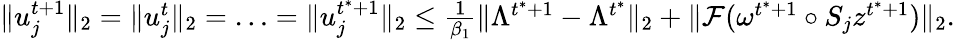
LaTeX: \begin{array}{r}{\| u_{j}^{t+1}\| _{2}=\| u_{j}^{t}\| _{2}=\ldots=\| u_{j}^{t^{*}+1}\| _{2}\leq\frac{1}{\beta_{1}}\| \Lambda^{t^{*}+1}-\Lambda^{t^{*}}\| _{2}+\| \mathcal{F}(\omega^{t^{*}+1}\circ S_{j}z^{t^{*}+1})\| _{2}.}\end{array}